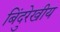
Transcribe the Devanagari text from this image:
बिंदुरेखीय